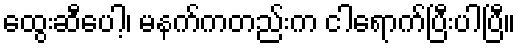
ထွေးဆီပေါ့၊ မနက်ကတည်းက ငါရောက်ပြီးပါပြီ။